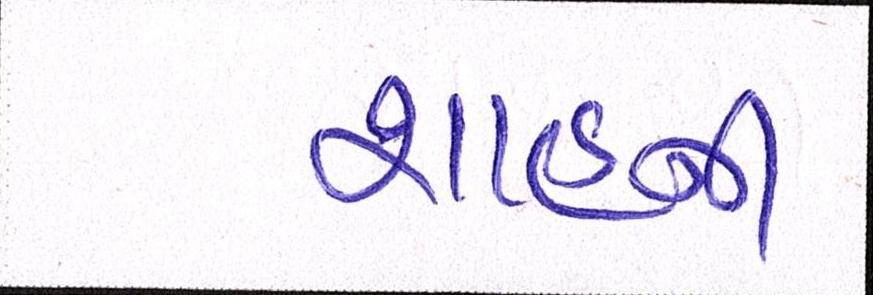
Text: શાહની